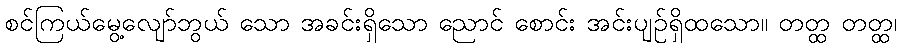
စင်ကြယ်မွေ့လျော်ဘွယ် သော အခင်းရှိသော ညောင် စောင်း အင်းပျဉ်ရှိထသော။ တတ္ထ တတ္ထ၊